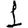
Digit: 1